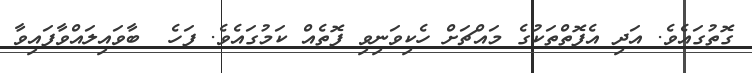
ގޮތުގައެވެ. އަދި އެފޮތްތަކުގެ މައްޗަށް ހެކިވަނިވި ފޮތެއް ކަމުގައެވެ. ފަހެ  ބާވައިލައްވާފައިވާ